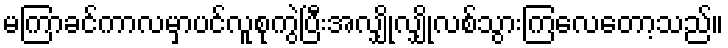
မကြာခင်ကာလမှာပင်လူစုကွဲပြီးအလျှိုလျှိုလစ်သွားကြလေတော့သည်။